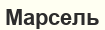
Марсель